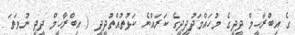
ގެ އިބްރާހީމް ދީދީގެ މުހައްމަދުދީދީގެ ކަރައްޔެ ކަޅުތުއްތުދީދީ ( އިބްރާހީމް ދީދީ ނުވަތަ